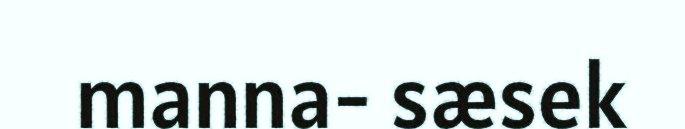
manna- sæsek